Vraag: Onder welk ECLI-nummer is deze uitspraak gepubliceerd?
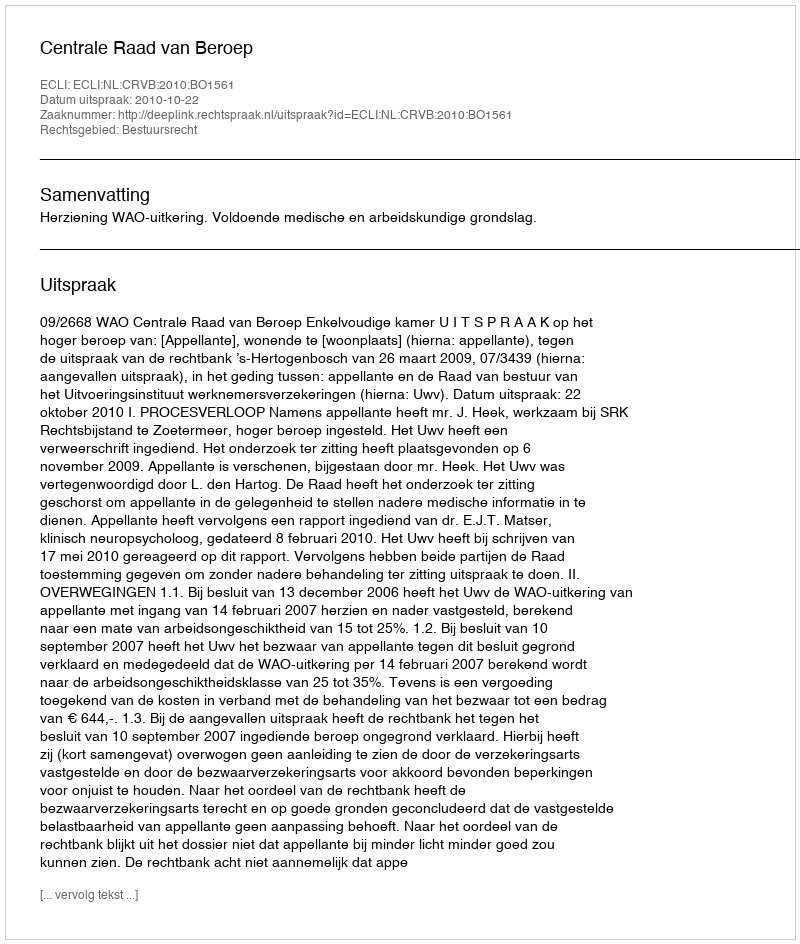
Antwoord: ECLI:NL:CRVB:2010:BO1561